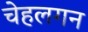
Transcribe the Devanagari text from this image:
चेहलगन